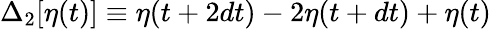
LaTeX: \Delta_{2}[\eta(t)]\equiv\eta(t+2dt)-2\eta(t+dt)+\eta(t)